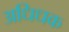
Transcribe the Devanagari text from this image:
अधिधक